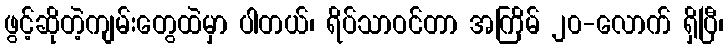
ဖွင့်ဆိုတဲ့ကျမ်းတွေထဲမှာ ပါတယ်၊ ရိပ်သာဝင်တာ အကြိမ် ၂၀-လောက် ရှိပြီ၊